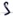
Text: S